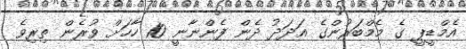
އެމްޑީޕީ ގެ މެމްބަރުންގެ އަދަދު ދެން ފެންނާނީ 10 ހާހަށް ވުރެން ތިރިވެ